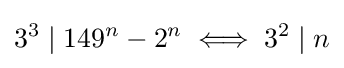
3^{3}\mid 149^{n}-2^{n}\iff 3^{2}\mid n